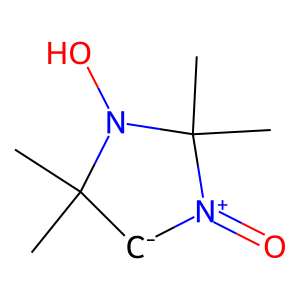
SMILES: CC1(C)[CH-][N+](=O)C(C)(C)N1O
Inhibits HIV replication: No